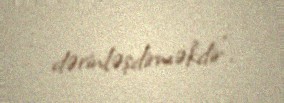
dərinləşdirməkdir".